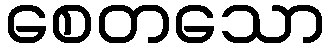
စေတသော